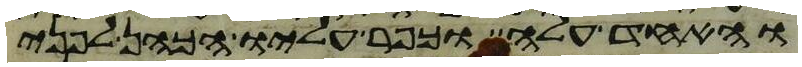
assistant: ואחד עלה וכפר עליו הכהן לפני